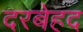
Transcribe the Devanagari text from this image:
दरबेहद